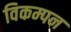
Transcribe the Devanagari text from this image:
विकम्पन